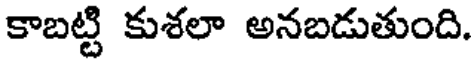
కాబట్టి కుశలా అనబడుతుంది.